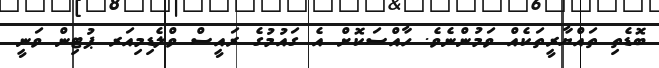
ބޮޑެތި ތައްޔާރީތަކެއް ވަމުންނެވެ. ހާއްސަކޮށް އެ ގައުމުގެ ރައީސް ވްލެޑިމިއަރ ޕުޓިން ވަނީ